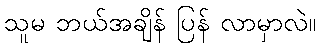
သူမ ဘယ်အချိန် ပြန် လာမှာလဲ။